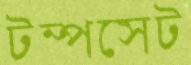
টম্পসেট